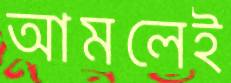
আমলেই